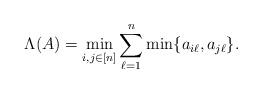
LaTeX: \begin{align*} \Lambda(A)=\min_{i,j\in[n]}\sum_{\ell=1}^n \min\{a_{i\ell},a_{j\ell}\}.\end{align*}